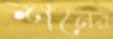
শনের